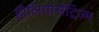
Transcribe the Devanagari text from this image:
हीलियोसेंट्रिज्म